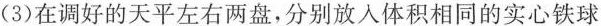
(3)在调好的天平左右两盘，分别放入体积相同的实心铁球